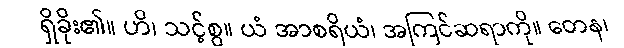
ရှိခိုး၏။ ဟိ၊ သင့်စွ။ ယံ အာစရိယံ၊ အကြင်ဆရာကို။ တေန၊